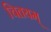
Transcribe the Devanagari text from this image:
चितयम्